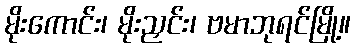
မိုးကောင်း၊ မိုးညှင်း၊ ဗမာဘုရင်မြို့။